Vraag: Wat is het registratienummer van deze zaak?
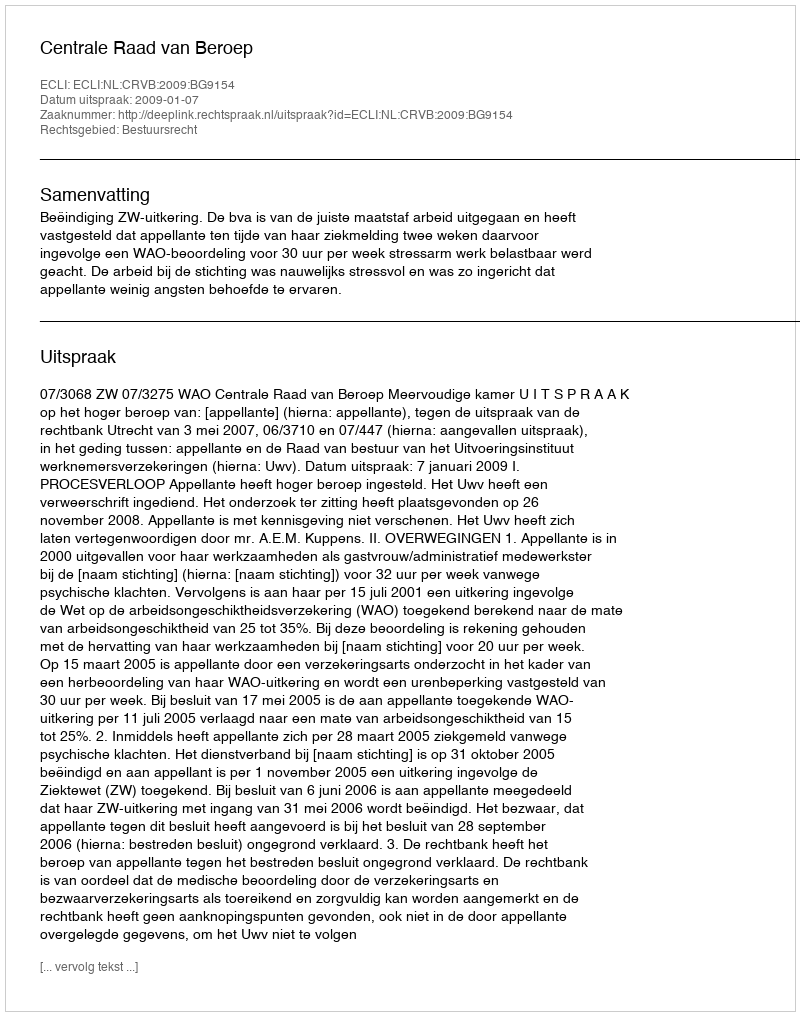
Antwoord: http://deeplink.rechtspraak.nl/uitspraak?id=ECLI:NL:CRVB:2009:BG9154